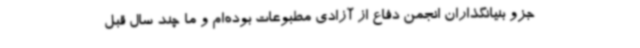
جزو بنیانگذاران انجمن دفاع از آزادی مطبوعات بوده‌ام و ما چند سال قبل